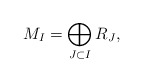
\begin{align*}M_{I} = \bigoplus_{J\subset I} R_{J},\end{align*}